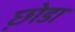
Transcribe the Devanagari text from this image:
छ़ोडा